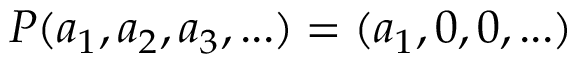
P ( a _ { 1 } , a _ { 2 } , a _ { 3 } , . . . ) = ( a _ { 1 } , 0 , 0 , . . . )